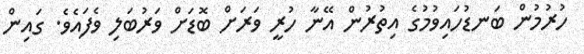
ހުރުމުން ބަނޑުހައިވުމުގެ އިތުރުން އޭނާ ހުރީ ވަރަށް ބޮޑަށް ވަރުބަލި ވެފައެވެ. ގައިން